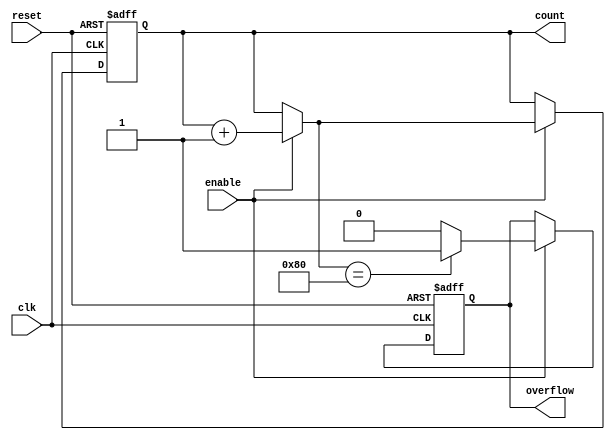
module windowed_counter #(
    parameter WINDOW_SIZE = 8,    // Size of the counting window (in bits)
    parameter INITIAL_VALUE = 0,   // Initial value of the counter
    parameter COUNT_DIRECTION = 1   // 1 for up counting, 0 for down counting
)(
    input wire clk,                 // Clock input
    input wire reset,               // Asynchronous reset input
    input wire enable,              // Enable signal for counting
    output reg [WINDOW_SIZE-1:0] count, // Current count value
    output reg overflow             // Overflow signal
);

    // Internal register for counting
    reg [WINDOW_SIZE-1:0] next_count;

    // Asynchronous reset and counting logic
    always @(posedge clk or posedge reset) begin
        if (reset) begin
            count <= INITIAL_VALUE; // Reset count to initial value
            overflow <= 0;          // Clear overflow signal
        end else if (enable) begin
            count <= next_count;    // Update count with next value
            // Check for overflow condition
            if (next_count == {1'b1, {WINDOW_SIZE-1{1'b0}}}) begin
                overflow <= 1;       // Set overflow signal
            end else begin
                overflow <= 0;       // Clear overflow signal
            end
        end
    end

    // Next count logic based on counting direction
    always @(*) begin
        if (enable) begin
            if (COUNT_DIRECTION) begin
                // Count up
                next_count = count + 1;
            end else begin
                // Count down, ensure it doesn't go below zero
                next_count = (count > 0) ? count - 1 : 0;
            end
        end else begin
            next_count = count; // Hold current count when not enabled
        end
    end

endmodule